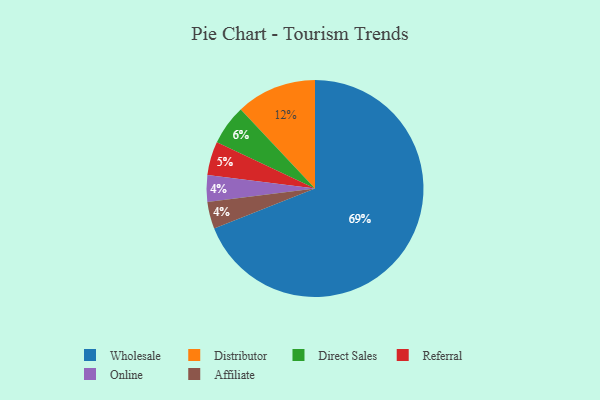
{"axis": {"x": "Category", "y": "Percentage"}, "legend": ["Affiliate", "Direct Sales", "Distributor", "Online", "Referral", "Wholesale"], "data": [{"x": "Referral", "y": 5, "type": "Referral"}, {"x": "Online", "y": 4, "type": "Online"}, {"x": "Distributor", "y": 12, "type": "Distributor"}, {"x": "Wholesale", "y": 69, "type": "Wholesale"}, {"x": "Affiliate", "y": 4, "type": "Affiliate"}, {"x": "Direct Sales", "y": 6, "type": "Direct Sales"}]}